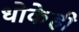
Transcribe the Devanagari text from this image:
धोकेही